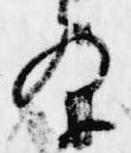
条